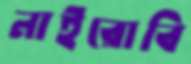
নাইরোবি